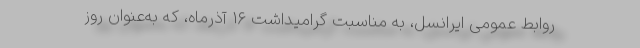
روابط عمومی ایرانسل، به مناسبت گرامیداشت ۱۶ آذرماه، که به‌عنوان روز